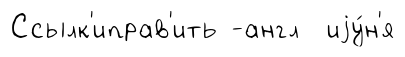
Ссылк'иправ'ить -англ иjу́н'я